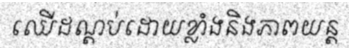
ឈើដណ្តប់ដោយខ្លាំងនិងភាពយន្ត